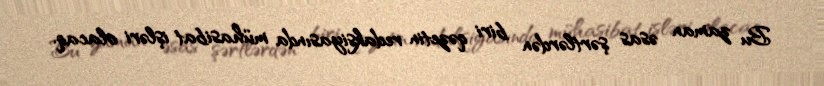
Bu zaman əsas şərtlərdən biri qəzetin redaksiyasında mühasibat işləri olacaq.